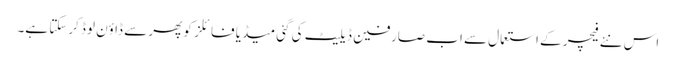
اس نئے فیچر کے استعمال سے اب صارفین ڈیلیٹ کی گئی میڈیا فائلز کو پھر سے ڈاؤن لوڈ کرسکتا ہے۔